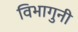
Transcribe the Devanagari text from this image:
विभागुनी